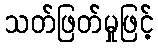
သတ်ဖြတ်မှုဖြင့်